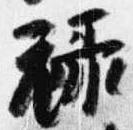
禄